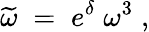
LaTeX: \widetilde{\omega}\; =\; e^{\delta}\; \omega^{3}\; ,